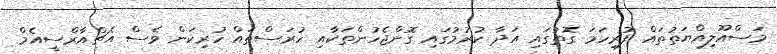
މަސްއޫލިއްޔަތުތައް ފުރިހަމަ ގޮތުގައި އަދާ ކުރުމުގައި ގޮންޖެހުންތަކާއި ހުރަސްތައް ހުރިކަން ވެސް އެޗްއާރްސީއެމް